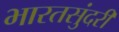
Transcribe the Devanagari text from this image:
भारतसुंदरी